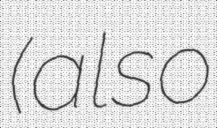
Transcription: (also